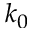
k _ { 0 }